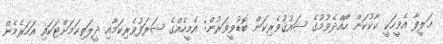
ޚަލީފާ އެމީހަކީ ކާކުކަން ހޯއްދެވުމުގެ ޝައުޤުވެރިކަން ބޮޑުވީވަރުން: އެމީހެއްގެ ޝަރަފުވެރިކަމާއި ދީލަތިކަމަށްޓަކައި އަހަރެމެން